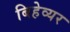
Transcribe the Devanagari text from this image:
बिहेव्यर